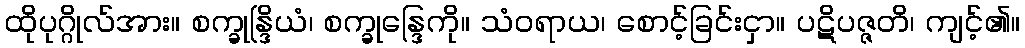
ထိုပုဂ္ဂိုလ်အား။ စက္ခုန္ဒြိယံ၊ စက္ခုန္ဒြေကို။ သံဝရာယ၊ စောင့်ခြင်းငှာ။ ပဋိပဇ္ဇတိ၊ ကျင့်၏။